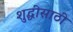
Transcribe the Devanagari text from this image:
शुद्धीसाठी